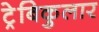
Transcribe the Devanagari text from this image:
ट्रेबिकुलार